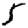
Digit: 5